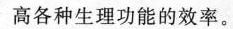
高各种生理功能的效率。